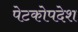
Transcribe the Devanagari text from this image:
पेटकोपदेश